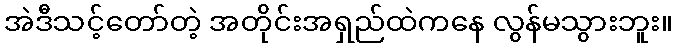
အဲဒီသင့်တော်တဲ့ အတိုင်းအရှည်ထဲကနေ လွန်မသွားဘူး။